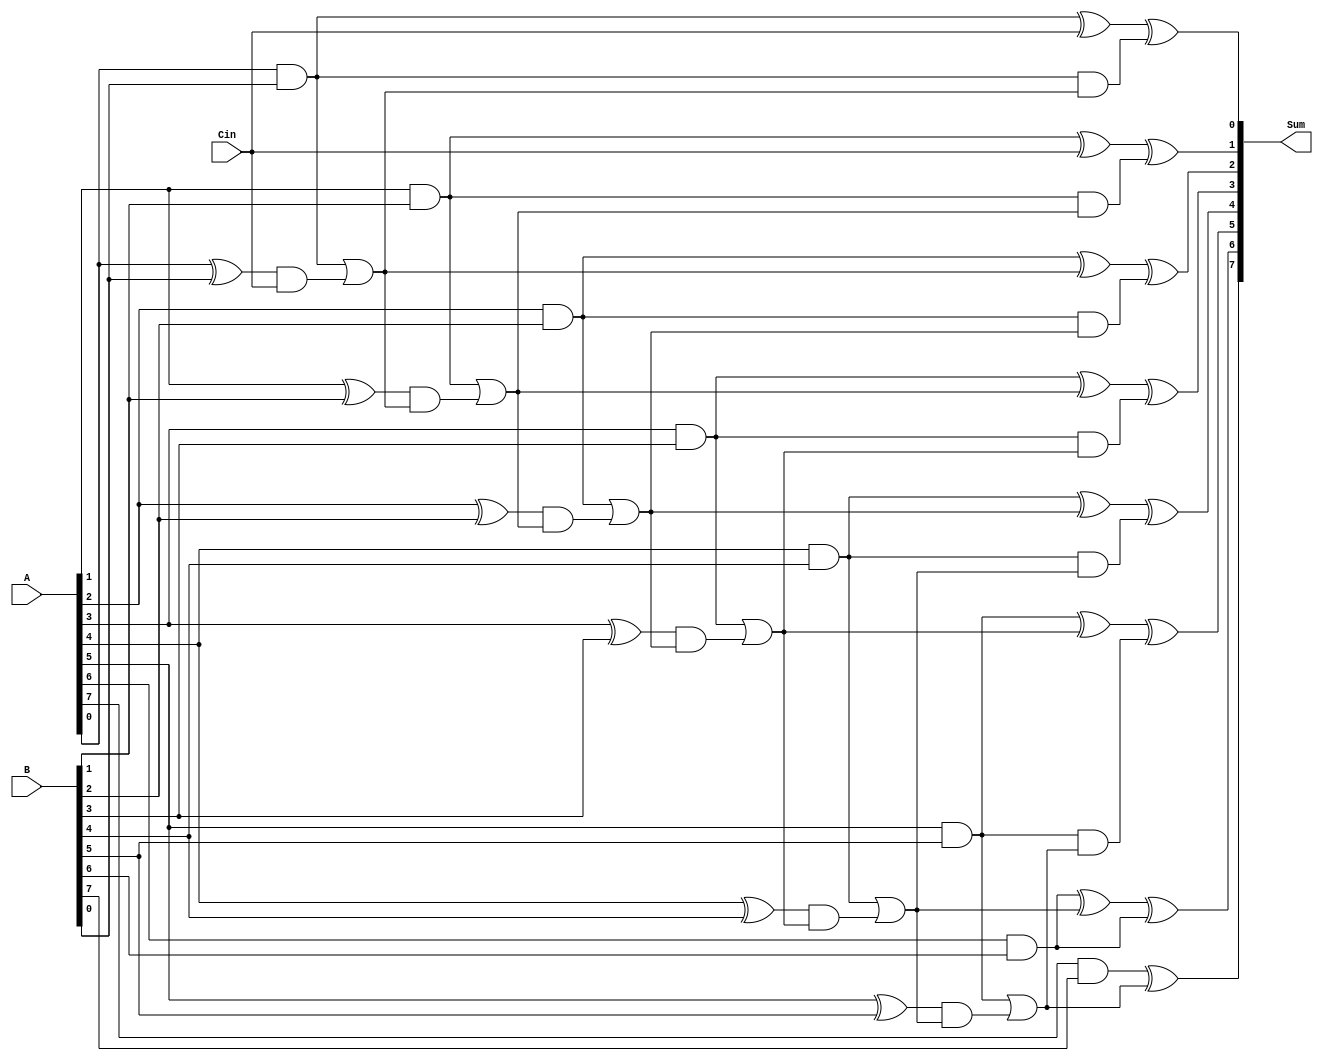
module CarrySkipLookAheadAdder(input [7:0] A, B,
                                output reg [7:0] Sum,
                                input Cin);

reg [7:0] G, P, C;
reg [6:0] skip_carry;

assign G[0] = A[0] & B[0];
assign P[0] = A[0] ^ B[0];
assign C[0] = Cin;

genvar i;
generate
for (i = 1; i < 8; i = i + 1) begin : gen
    assign G[i] = A[i] & B[i];
    assign P[i] = A[i] ^ B[i];
    assign C[i] = G[i-1] | (P[i-1] & C[i-1]);
end
endgenerate

always @(*) begin
    skip_carry[6] = A[6] & B[6];
    skip_carry[5] = A[5] & B[5] & C[6];
    skip_carry[4] = A[4] & B[4] & C[5];
    skip_carry[3] = A[3] & B[3] & C[4];
    skip_carry[2] = A[2] & B[2] & C[3];
    skip_carry[1] = A[1] & B[1] & C[2];
    skip_carry[0] = A[0] & B[0] & C[1];
end

always @(*) begin
    Sum[7] = G[7] ^ C[6];
    Sum[6] = G[6] ^ C[5] ^ skip_carry[6];
    Sum[5] = G[5] ^ C[4] ^ skip_carry[5];
    Sum[4] = G[4] ^ C[3] ^ skip_carry[4];
    Sum[3] = G[3] ^ C[2] ^ skip_carry[3];
    Sum[2] = G[2] ^ C[1] ^ skip_carry[2];
    Sum[1] = G[1] ^ C[0] ^ skip_carry[1];
    Sum[0] = G[0] ^ Cin ^ skip_carry[0];
end

endmodule